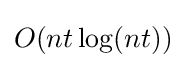
O(nt\log(nt))